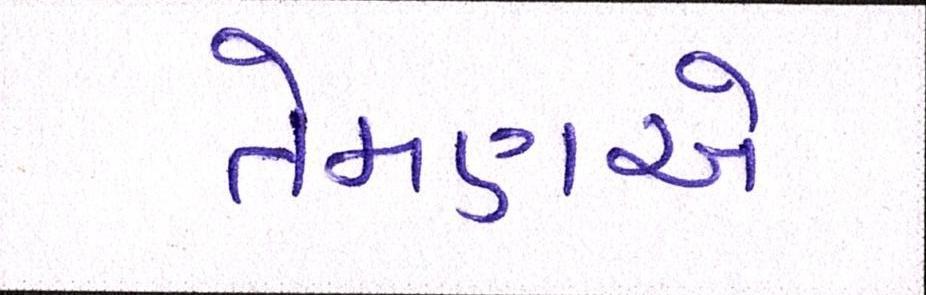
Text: તેમણએ